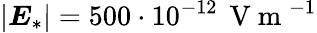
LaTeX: \left|\boldsymbol E_{*}\right|=500\cdot 10^{-12}\, \mathrm{~V~m~}^{-1}